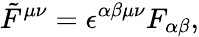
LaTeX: \tilde{F}^{\mu\nu}=\epsilon^{\alpha\beta\mu\nu}F_{\alpha\beta},